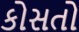
કોસતો